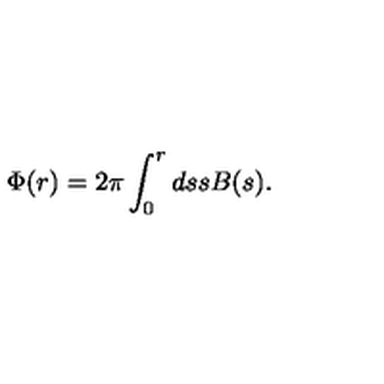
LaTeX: \Phi ( r ) = 2 \pi \int _ { 0 } ^ { r } d s s B ( s ) .